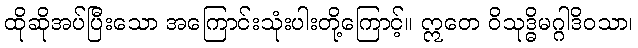
ထိုဆိုအပ်ပြီးသော အကြောင်းသုံးပါးတို့ကြောင့်။ ဣတေ ဝိသုဒ္ဓိမဂ္ဂါဒိဝသာ၊